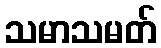
သမာသမတ်